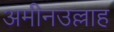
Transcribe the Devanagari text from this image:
अमीनउल्लाह